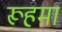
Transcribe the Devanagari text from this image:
रूहमा